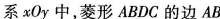
系xOy中，菱形ABDC的边AB